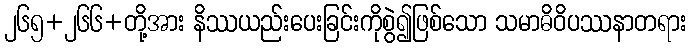
၂၆၅+၂၆၆+တို့အား နိဿယည်းပေးခြင်းကိုစွဲ၍ဖြစ်သော သမာဓိဝိပဿနာတရား